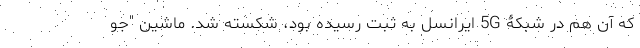
که آن هم در شبکۀ 5G ایرانسل به ثبت رسیده بود، شکسته شد. ماشین "جو